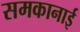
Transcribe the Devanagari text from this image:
समकानाई